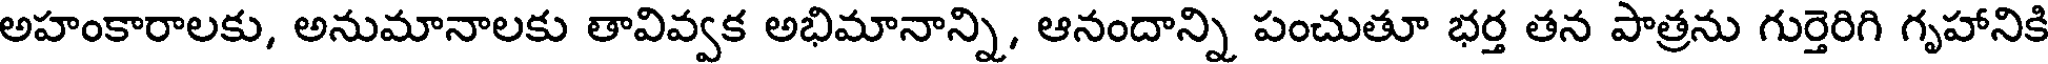
అహంకారాలకు, అనుమానాలకు తావివ్వక అభిమానాన్ని, ఆనందాన్ని పంచుతూ భర్త తన పాత్రను గుర్తెరిగి గృహానికి